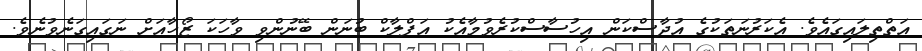
އަތްތިލައިގައެވެ. އެކަރުނަތަކުގެ އުދާސްކަން އިހުސާސްކުރެވުމާއެކު އަފްލާކް ބުނަން ބޭނުންވި ވާހަކަ ޒޯހާއަށް ނަގައިގަނެވުނެވެ.